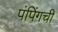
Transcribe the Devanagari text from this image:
पंपिंगची